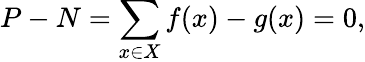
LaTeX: P-N=\sum_{x\in X}f(x)-g(x)=0,